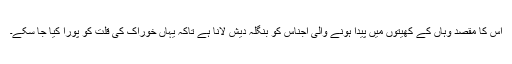
اس کا مقصد وہاں کے کھیتوں میں پیدا ہونے والی اجناس کو بنگلہ دیش لانا ہے تاکہ یہاں خوراک کی قلت کو پورا کیا جا سکے۔